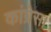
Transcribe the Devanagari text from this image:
कांग्रेस।